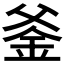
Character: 𨥏